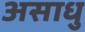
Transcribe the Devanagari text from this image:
असाधु